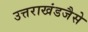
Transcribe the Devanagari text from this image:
उत्तराखंडजैसे